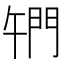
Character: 𨳱